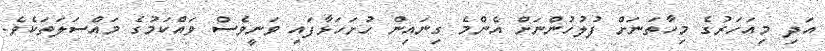
އަދި މިއަހަރުގެ މިހާތަނަށް ފުލުހުންނަށް އެންމެ ގިނައިން ހުށަހަޅާފައި ވަނީވެސް ވައްކަމުގެ މައްސަލަތަކެވެ.